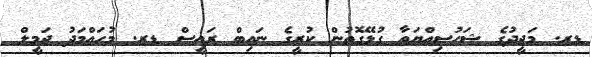
ޑރ. މަޖީދުގެ ޝަހުސިއްޔަތާ ގުޅޭގޮތުން ކުރީގެ ނައިބް ރައީސް ޑރ. މުހައްމަދު ޖަމީލް